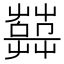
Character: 𦽱